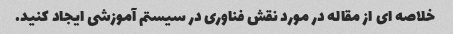
خلاصه ای از مقاله در مورد نقش فناوری در سیستم آموزشی ایجاد کنید.